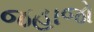
જહાજો